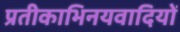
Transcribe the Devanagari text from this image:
प्रतीकाभिनयवादियों